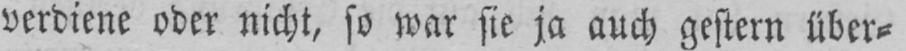
verdiene oder nicht, so war sie ja auch gestern über⸗